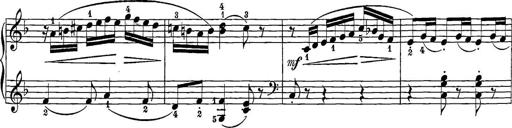
Title: 12 Sonatine per Pianoforte
Composer: Friedrich Kuhlau